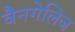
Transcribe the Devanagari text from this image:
वैनगेलिज